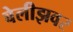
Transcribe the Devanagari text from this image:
बेलीझवर